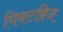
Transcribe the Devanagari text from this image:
पिक्टब्रिज